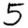
Digit: 5